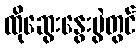
ထိုဆွေးနွေးပွဲတွင်